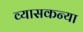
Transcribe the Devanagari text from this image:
व्यासकन्या